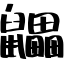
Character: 鼺